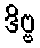
ဒိဗ္ဗ